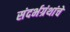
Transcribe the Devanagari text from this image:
संदर्भग्रंथांचे